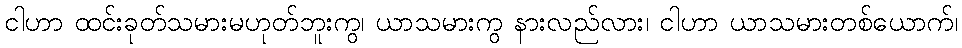
ငါဟာ ထင်းခုတ်သမားမဟုတ်ဘူးကွ၊ ယာသမားကွ နားလည်လား၊ ငါဟာ ယာသမားတစ်ယောက်၊